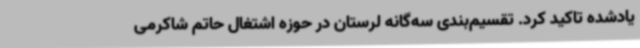
یادشده تاکید کرد. تقسیم‌بندی سه‌گانه لرستان در حوزه اشتغال حاتم شاکرمی